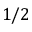
1 / 2